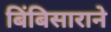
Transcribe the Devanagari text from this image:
बिंबिसाराने